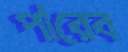
পারেব